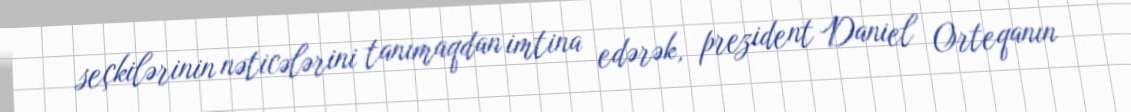
seçkilərinin nəticələrini tanımaqdan imtina edərək, prezident Daniel Orteqanın